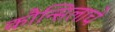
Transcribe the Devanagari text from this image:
कौन्सिलाचे